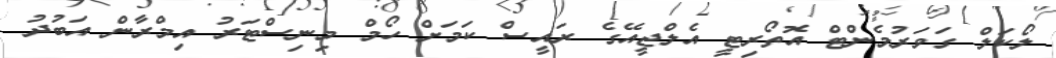
ލޯކަލް ގަވަރުމެންޓް އޮތޯރިޓީ އެލްޖީއޭގެ ރައީސް ކަމަށް ހޯމް މިނިސްޓަރު އިމްރާން އަބުދު